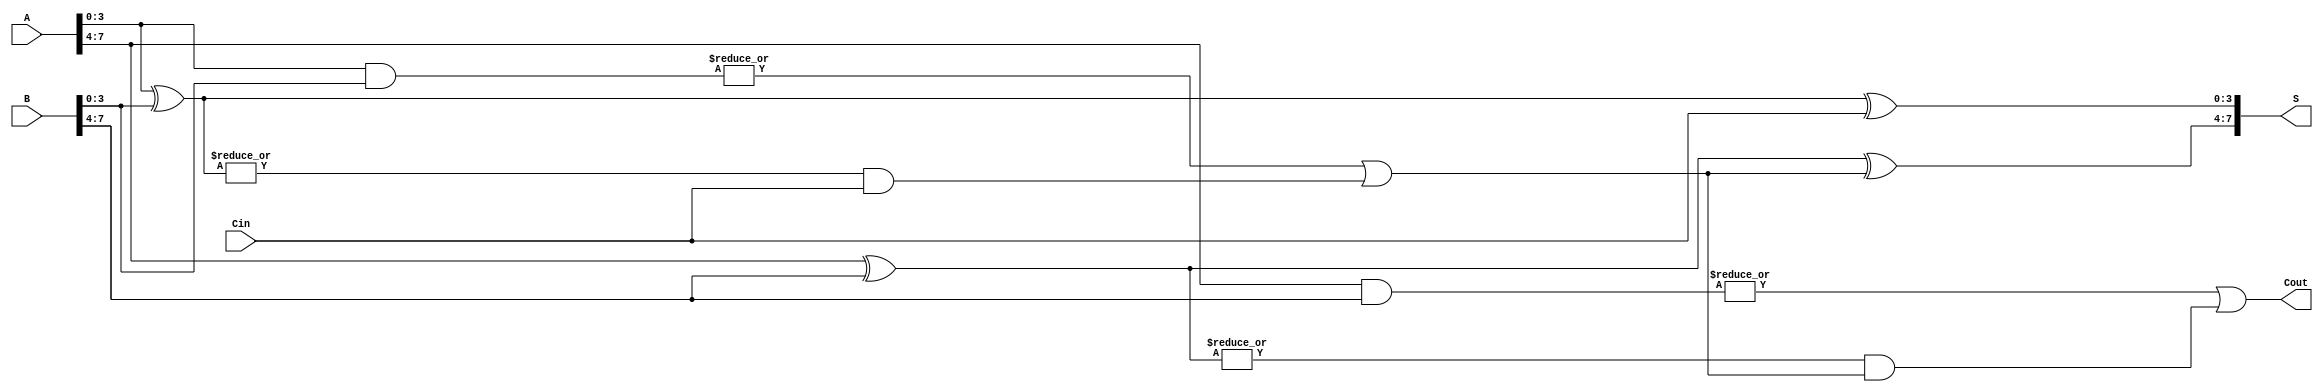
module HanCarlsonAdder #(parameter N = 8) (
    input  [N-1:0] A,       // First N-bit input
    input  [N-1:0] B,       // Second N-bit input
    input         Cin,       // Carry input
    output [N-1:0] S,       // N-bit sum output
    output        Cout       // Carry output
);

    // Number of groups (for example, 2 groups for 8 bits)
    localparam GROUP_SIZE = 4; // Size of each group
    localparam NUM_GROUPS = N / GROUP_SIZE;

    // Generate and Propagate signals
    wire [NUM_GROUPS-1:0] G; // Generate signals for each group
    wire [NUM_GROUPS-1:0] P; // Propagate signals for each group
    wire [NUM_GROUPS:0] C;    // Carry signals, C[0] = Cin

    // Calculate Generate and Propagate signals for each group
    genvar i;
    generate
        for (i = 0; i < NUM_GROUPS; i = i + 1) begin : group_logic
            wire [GROUP_SIZE-1:0] A_group = A[(i+1)*GROUP_SIZE-1:i*GROUP_SIZE];
            wire [GROUP_SIZE-1:0] B_group = B[(i+1)*GROUP_SIZE-1:i*GROUP_SIZE];

            assign G[i] = |(A_group & B_group); // Generate
            assign P[i] = |(A_group ^ B_group); // Propagate
        end
    endgenerate

    // Carry generation logic
    assign C[0] = Cin; // Initial carry-in
    generate
        for (i = 0; i < NUM_GROUPS; i = i + 1) begin : carry_logic
            if (i == 0) begin
                assign C[i + 1] = G[i] | (P[i] & C[i]);
            end else begin
                assign C[i + 1] = G[i] | (P[i] & C[i]);
            end
        end
    endgenerate

    // Sum calculation for each group
    generate
        for (i = 0; i < NUM_GROUPS; i = i + 1) begin : sum_logic
            wire [GROUP_SIZE-1:0] A_group = A[(i+1)*GROUP_SIZE-1:i*GROUP_SIZE];
            wire [GROUP_SIZE-1:0] B_group = B[(i+1)*GROUP_SIZE-1:i*GROUP_SIZE];
            assign S[(i+1)*GROUP_SIZE-1:i*GROUP_SIZE] = A_group ^ B_group ^ C[i];
        end
    endgenerate

    // Final carry-out
    assign Cout = C[NUM_GROUPS];

endmodule